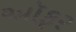
ઑફર